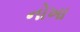
નોખા